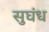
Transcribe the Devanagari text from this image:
सुघंध